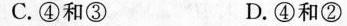
C.④和③ D.④和②